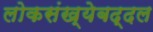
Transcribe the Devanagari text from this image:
लोकसंख्येबद्दल